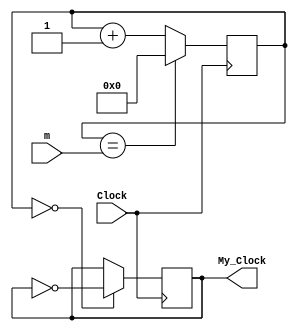
`timescale 1ns / 1ps

module var_clock(
    input Clock,
    input [31:0] m,
    output reg My_Clock = 0
);

//Desired clock freq obtained by: f = (initial Clock freq)/(2*(m+1))
//Simply configure m to get a new clock


reg [31:0] COUNT = 31'd0;
    
always @(posedge Clock)
    begin
    COUNT <= (COUNT == m) ? 0 : COUNT + 1;
    My_Clock <= (COUNT == 0) ? ~My_Clock : My_Clock;
    end
endmodule